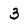
Character: 3